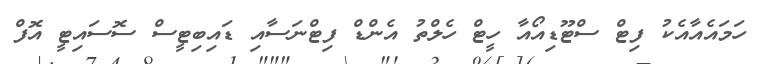
ހަމައެއާއެކު ފިޓް ސްޓޫޑިއޯއާ ހީޓް ހެލްތު އެންޑް ފިޓްނަސާއި ޑައިބިޓީސް ސޮސައިޓީ އޮފް